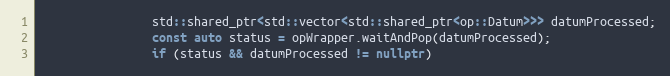
Language: C++
                std::shared_ptr<std::vector<std::shared_ptr<op::Datum>>> datumProcessed;
                const auto status = opWrapper.waitAndPop(datumProcessed);
                if (status && datumProcessed != nullptr)